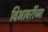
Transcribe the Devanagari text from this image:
विभावरींच्या